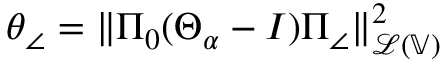
\theta _ { \angle } = \| \Pi _ { 0 } ( \Theta _ { \alpha } - I ) \Pi _ { \angle } \| _ { \mathcal { L } ( \mathbb { V } ) } ^ { 2 }